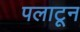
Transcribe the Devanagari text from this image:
पलाटून